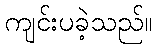
ကျင်းပခဲ့သည်။